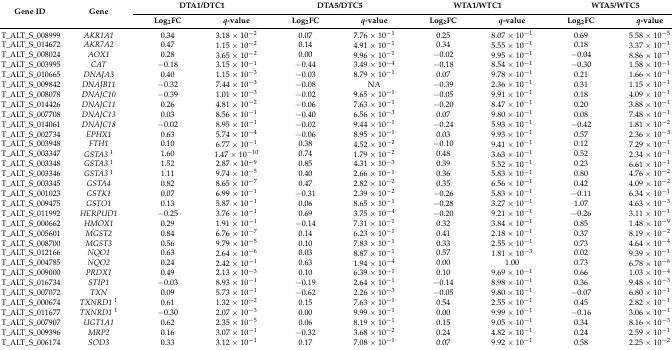
<table><thead><tr><td rowspan="2"><b>Gene ID</b></td><td rowspan="2"><b>Gene</b></td><td colspan="2"><b>DTA1/DTC1</b></td><td colspan="2"><b>DTA5/DTC5</b></td><td colspan="2"><b>WTA1/WTC1</b></td><td colspan="2"><b>WTA5/WTC5</b></td></tr><tr><td><b>Log<sub>2</sub>FC</b></td><td><b><i>q</i>-value</b></td><td><b>Log<sub>2</sub>FC</b></td><td><b><i>q</i>-value</b></td><td><b>Log<sub>2</sub>FC</b></td><td><b><i>q</i>-value</b></td><td><b>Log<sub>2</sub>FC</b></td><td><b><i>q</i>-value</b></td></tr></thead><tbody><tr><td>T_ALT_S_008999</td><td><i>AKR1A1</i></td><td>0.34</td><td>3.18 × 10<sup>−2</sup></td><td>0.07</td><td>7.76 × 10<sup>−1</sup></td><td>0.25</td><td>8.07 × 10<sup>−1</sup></td><td>0.69</td><td>5.58 × 10<sup>−5</sup></td></tr><tr><td>T_ALT_S_014672</td><td><i>AKR7A2</i></td><td>0.47</td><td>1.15 × 10<sup>−2</sup></td><td>0.14</td><td>4.91 × 10<sup>−1</sup></td><td>0.34</td><td>5.55 × 10<sup>−1</sup></td><td>0.18</td><td>3.37 × 10<sup>−1</sup></td></tr><tr><td>T_ALT_S_008024</td><td><i>AOX1</i></td><td>0.28</td><td>3.65 × 10<sup>−2</sup></td><td>0.00</td><td>9.96 × 10<sup>−1</sup></td><td>−0.02</td><td>9.95 × 10<sup>−1</sup></td><td>−0.04</td><td>8.86 × 10<sup>−1</sup></td></tr><tr><td>T_ALT_S_003995</td><td><i>CAT</i></td><td>−0.18</td><td>3.15 × 10<sup>−1</sup></td><td>−0.44</td><td>3.49 × 10<sup>−4</sup></td><td>−0.18</td><td>8.54 × 10<sup>−1</sup></td><td>−0.30</td><td>1.58 × 10<sup>−1</sup></td></tr><tr><td>T_ALT_S_010665</td><td><i>DNAJA3</i></td><td>0.40</td><td>1.15 × 10<sup>−3</sup></td><td>−0.03</td><td>8.79 × 10<sup>−1</sup></td><td>0.07</td><td>9.78 × 10<sup>−1</sup></td><td>0.21</td><td>1.66 × 10<sup>−1</sup></td></tr><tr><td>T_ALT_S_009842</td><td><i>DNAJB11</i></td><td>−0.32</td><td>7.44 × 10<sup>−3</sup></td><td>−0.08</td><td>NA</td><td>−0.39</td><td>2.36 × 10<sup>−1</sup></td><td>0.31</td><td>1.15 × 10<sup>−1</sup></td></tr><tr><td>T_ALT_S_008078</td><td><i>DNAJC10</i></td><td>−0.39</td><td>1.01 × 10<sup>−3</sup></td><td>−0.02</td><td>9.65 × 10<sup>−1</sup></td><td>−0.05</td><td>9.91 × 10<sup>−1</sup></td><td>0.18</td><td>4.09 × 10<sup>−1</sup></td></tr><tr><td>T_ALT_S_014426</td><td><i>DNAJC11</i></td><td>0.26</td><td>4.81 × 10<sup>−2</sup></td><td>−0.06</td><td>7.63 × 10<sup>−1</sup></td><td>−0.20</td><td>8.47 × 10<sup>−1</sup></td><td>0.20</td><td>3.88 × 10<sup>−1</sup></td></tr><tr><td>T_ALT_S_007708</td><td><i>DNAJC13</i></td><td>0.03</td><td>8.56 × 10<sup>−1</sup></td><td>−0.40</td><td>6.56 × 10<sup>−3</sup></td><td>0.07</td><td>9.80 × 10<sup>−1</sup></td><td>0.08</td><td>7.48 × 10<sup>−1</sup></td></tr><tr><td>T_ALT_S_014061</td><td><i>DNAJC18</i></td><td>−0.02</td><td>8.95 × 10<sup>−1</sup></td><td>−0.02</td><td>9.44 × 10<sup>−1</sup></td><td>−0.24</td><td>5.93 × 10<sup>−1</sup></td><td>−0.42</td><td>1.81 × 10<sup>−2</sup></td></tr><tr><td>T_ALT_S_002734</td><td><i>EPHX1</i></td><td>0.63</td><td>5.74 × 10<sup>−4</sup></td><td>−0.06</td><td>8.95 × 10<sup>−1</sup></td><td>0.03</td><td>9.93 × 10<sup>−1</sup></td><td>0.57</td><td>2.36 × 10<sup>−3</sup></td></tr><tr><td>T_ALT_S_003948</td><td><i>FTH1</i></td><td>0.10</td><td>6.77 × 10<sup>−1</sup></td><td>0.38</td><td>4.52 × 10<sup>−2</sup></td><td>−0.10</td><td>9.41 × 10<sup>−1</sup></td><td>0.12</td><td>7.29 × 10<sup>−1</sup></td></tr><tr><td>T_ALT_S_003347</td><td><i>GSTA3</i><sup>1</sup></td><td>1.60</td><td>1.47 × 10<sup>−10</sup></td><td>0.74</td><td>1.79 × 10<sup>−2</sup></td><td>0.48</td><td>3.63 × 10<sup>−1</sup></td><td>0.52</td><td>2.34 × 10<sup>−1</sup></td></tr><tr><td>T_ALT_S_003348</td><td><i>GSTA3</i><sup>1</sup></td><td>1.52</td><td>2.87 × 10<sup>−9</sup></td><td>0.85</td><td>4.31 × 10<sup>−3</sup></td><td>0.39</td><td>5.52 × 10<sup>−1</sup></td><td>0.23</td><td>6.61 × 10<sup>−1</sup></td></tr><tr><td>T_ALT_S_003346</td><td><i>GSTA3</i><sup>1</sup></td><td>1.11</td><td>9.74 × 10<sup>−5</sup></td><td>0.40</td><td>2.66 × 10<sup>−1</sup></td><td>0.36</td><td>5.83 × 10<sup>−1</sup></td><td>0.80</td><td>4.76 × 10<sup>−2</sup></td></tr><tr><td>T_ALT_S_003345</td><td><i>GSTA4</i></td><td>0.82</td><td>8.65 × 10<sup>−7</sup></td><td>0.47</td><td>2.82 × 10<sup>−2</sup></td><td>0.35</td><td>6.56 × 10<sup>−1</sup></td><td>0.42</td><td>4.09 × 10<sup>−2</sup></td></tr><tr><td>T_ALT_S_001023</td><td><i>GSTK1</i></td><td>0.07</td><td>6.99 × 10<sup>−1</sup></td><td>−0.31</td><td>2.39 × 10<sup>−2</sup></td><td>−0.26</td><td>5.83 × 10<sup>−1</sup></td><td>−0.11</td><td>6.34 × 10<sup>−1</sup></td></tr><tr><td>T_ALT_S_009475</td><td><i>GSTO1</i></td><td>0.13</td><td>5.87 × 10<sup>−1</sup></td><td>0.06</td><td>8.65 × 10<sup>−1</sup></td><td>−0.28</td><td>3.27 × 10<sup>−1</sup></td><td>1.07</td><td>4.63 × 10<sup>−3</sup></td></tr><tr><td>T_ALT_S_011992</td><td><i>HERPUD1</i></td><td>−0.25</td><td>3.76 × 10<sup>−1</sup></td><td>0.69</td><td>3.75 × 10<sup>−4</sup></td><td>−0.20</td><td>9.21 × 10<sup>−1</sup></td><td>−0.26</td><td>3.11 × 10<sup>−1</sup></td></tr><tr><td>T_ALT_S_000662</td><td><i>HMOX1</i></td><td>0.29</td><td>1.91 × 10<sup>−1</sup></td><td>−0.14</td><td>7.31 × 10<sup>−1</sup></td><td>0.32</td><td>3.84 × 10<sup>−1</sup></td><td>0.85</td><td>1.48 × 10<sup>−9</sup></td></tr><tr><td>T_ALT_S_005601</td><td><i>MGST2</i></td><td>0.84</td><td>6.76 × 10<sup>−7</sup></td><td>0.14</td><td>6.23 × 10<sup>−1</sup></td><td>0.41</td><td>2.18 × 10<sup>−1</sup></td><td>0.37</td><td>8.19 × 10<sup>−2</sup></td></tr><tr><td>T_ALT_S_008700</td><td><i>MGST3</i></td><td>0.56</td><td>9.79 × 10<sup>−5</sup></td><td>0.10</td><td>7.83 × 10<sup>−1</sup></td><td>0.33</td><td>2.55 × 10<sup>−1</sup></td><td>0.73</td><td>4.64 × 10<sup>−4</sup></td></tr><tr><td>T_ALT_S_012166</td><td><i>NQO1</i></td><td>0.63</td><td>2.64 × 10<sup>−6</sup></td><td>0.03</td><td>8.87 × 10<sup>−1</sup></td><td>0.57</td><td>1.81 × 10<sup>−3</sup></td><td>0.02</td><td>9.39 × 10<sup>−1</sup></td></tr><tr><td>T_ALT_S_004785</td><td><i>NQO2</i></td><td>0.24</td><td>2.42 × 10<sup>−1</sup></td><td>0.63</td><td>1.94 × 10<sup>−4</sup></td><td>0.00</td><td>1.00</td><td>0.73</td><td>6.78 × 10<sup>−6</sup></td></tr><tr><td>T_ALT_S_009000</td><td><i>PRDX1</i></td><td>0.49</td><td>2.13 × 10<sup>−3</sup></td><td>0.10</td><td>6.39 × 10<sup>−1</sup></td><td>0.10</td><td>9.69 × 10<sup>−1</sup></td><td>0.66</td><td>1.03 × 10<sup>−4</sup></td></tr><tr><td>T_ALT_S_016734</td><td><i>STIP1</i></td><td>−0.03</td><td>8.93 × 10<sup>−1</sup></td><td>−0.19</td><td>2.64 × 10<sup>−1</sup></td><td>−0.14</td><td>8.98 × 10<sup>−1</sup></td><td>0.36</td><td>9.48 × 10<sup>−3</sup></td></tr><tr><td>T_ALT_S_007072</td><td><i>TXN</i></td><td>0.09</td><td>5.73 × 10<sup>−1</sup></td><td>−0.62</td><td>2.26 × 10<sup>−3</sup></td><td>−0.05</td><td>9.80 × 10<sup>−1</sup></td><td>−0.07</td><td>6.80 × 10<sup>−1</sup></td></tr><tr><td>T_ALT_S_000674</td><td><i>TXNRD1</i><sup>1</sup></td><td>0.61</td><td>1.32 × 10<sup>−2</sup></td><td>0.15</td><td>7.63 × 10<sup>−1</sup></td><td>0.54</td><td>2.55 × 10<sup>−1</sup></td><td>0.45</td><td>2.82 × 10<sup>−1</sup></td></tr><tr><td>T_ALT_S_011677</td><td><i>TXNRD1</i><sup>1</sup></td><td>−0.30</td><td>2.07 × 10<sup>−3</sup></td><td>0.00</td><td>9.99 × 10<sup>−1</sup></td><td>0.00</td><td>9.99 × 10<sup>−1</sup></td><td>−0.16</td><td>3.06 × 10<sup>−1</sup></td></tr><tr><td>T_ALT_S_007907</td><td><i>UGT1A1</i></td><td>0.62</td><td>2.35 × 10<sup>−5</sup></td><td>0.06</td><td>8.19 × 10<sup>−1</sup></td><td>0.15</td><td>9.05 × 10<sup>−1</sup></td><td>0.34</td><td>8.16 × 10<sup>−3</sup></td></tr><tr><td>T_ALT_S_009396</td><td><i>MRP2</i></td><td>0.16</td><td>3.07 × 10<sup>−1</sup></td><td>−0.32</td><td>3.68 × 10<sup>−2</sup></td><td>0.24</td><td>4.82 × 10<sup>−1</sup></td><td>0.24</td><td>2.59 × 10<sup>−1</sup></td></tr><tr><td>T_ALT_S_006174</td><td><i>SOD3</i></td><td>0.33</td><td>3.12 × 10<sup>−1</sup></td><td>0.17</td><td>7.08 × 10<sup>−1</sup></td><td>0.07</td><td>9.92 × 10<sup>−1</sup></td><td>0.58</td><td>2.25 × 10<sup>−2</sup></td></tr></tbody></table>